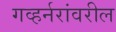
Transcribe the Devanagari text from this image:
गव्हर्नरांवरील